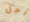
أجل